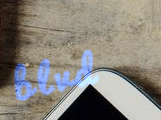
blvd